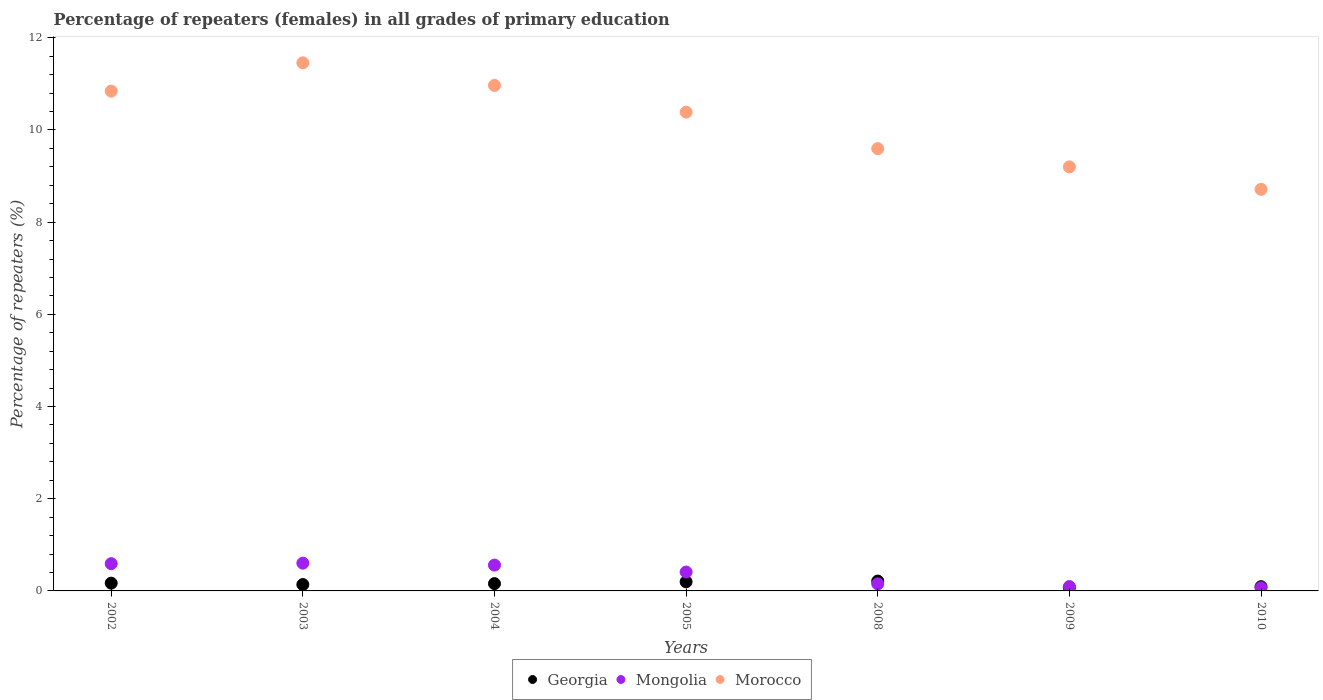
| Years | Georgia | Mongolia | Morocco |
 | --- | --- | --- | --- |
 | 2002 | 0.168 | 0.591 | 10.8 |
 | 2003 | 0.138 | 0.602 | 11.5 |
 | 2004 | 0.158 | 0.56 | 11 |
 | 2005 | 0.198 | 0.41 | 10.4 |
 | 2008 | 0.214 | 0.153 | 9.6 |
 | 2009 | 0.0749 | 0.0942 | 9.2 |
 | 2010 | 0.0918 | 0.0686 | 8.71 |